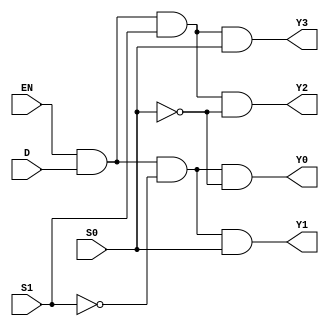
module demux1to4 (
    input D,
    input S0,
    input S1,
    input EN,
    output Y0,
    output Y1,
    output Y2,
    output Y3
);
    assign Y0 = EN & D & ~S1 & ~S0;
    assign Y1 = EN & D & ~S1 & S0;
    assign Y2 = EN & D & S1 & ~S0;
    assign Y3 = EN & D & S1 & S0;
endmodule